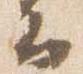
云